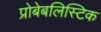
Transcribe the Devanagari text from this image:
प्रोबेबलिस्टिक